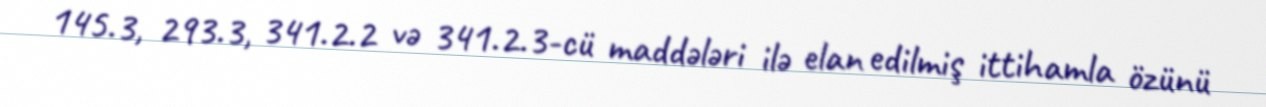
145.3, 293.3, 341.2.2 və 341.2.3-cü maddələri ilə elan edilmiş ittihamla özünü